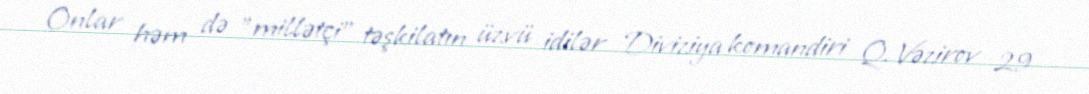
Onlar həm də "millətçi" təşkilatın üzvü idilər Diviziya komandiri Q. Vəzirov 29